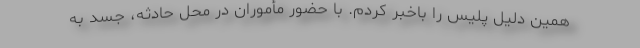
همین دلیل پلیس را باخبر کردم. با حضور مأموران در محل حادثه، جسد به